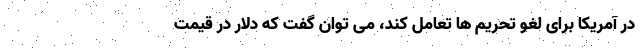
در آمریکا برای لغو تحریم ها تعامل کند، می توان گفت که دلار در قیمت